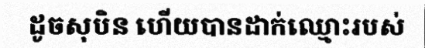
ដូចសុបិន ហើយបានដាក់ឈ្មោះរបស់